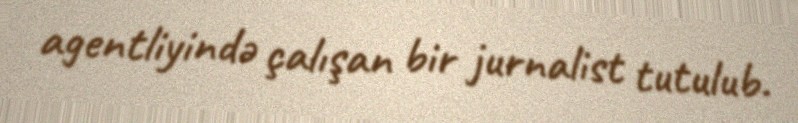
agentliyində çalışan bir jurnalist tutulub.